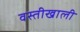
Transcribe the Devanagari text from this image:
वस्तीखाली